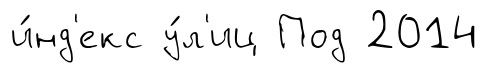
и́нд'екс у́л'иц Под 2014